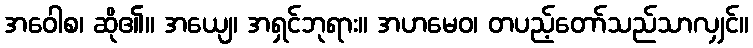
အဝေါစ၊ ဆို၏။ အယျေ၊ အရှင်ဘုရား။ အဟမေဝ၊ တပည့်တော်သည်သာလျှင်။